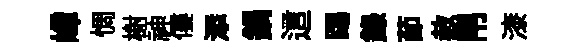
嶂惆榭神僂添鍋這踢録莭赦帛漆